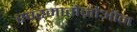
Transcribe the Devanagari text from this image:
स्परमातोज़ोऑन